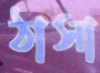
ঠাসা